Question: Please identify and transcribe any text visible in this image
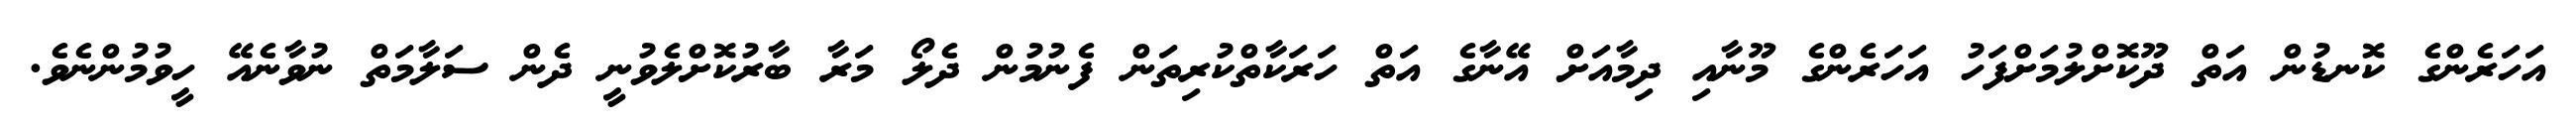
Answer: އަހަރެންގެ ކޮނޑުން އަތް ދޫކޮށްލުމަށްފަހު އަހަރެންގެ މޫނާއި ދިމާއަށް އޭނާގެ އަތް ހަރަކާތްކުރިތަން ފެނުމުން ދެލޯ މަރާ ބާރުކޮށްލެވުނީ ދެން ސަލާމަތް ނުވާނެއޭ ހީވުމުންނެވެ.